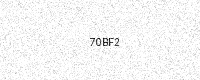
Text: 70BF2